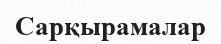
Сарқырамалар